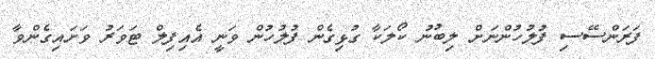
ފަރަންސޭސި ފުލުހުންނަށް ލިބުނު ކޯލަކާ ގުޅިގެން ފުލުހުން ވަނީ އެއިފިލް ޓަވަރު ވަށައިގެންވާ